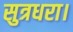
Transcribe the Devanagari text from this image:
सुत्रधरा।